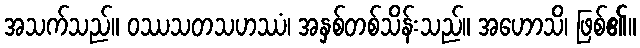
အသက်သည်။ ဝဿသတသဟဿံ၊ အနှစ်တစ်သိန်းသည်။ အဟောသိ၊ ဖြစ်၏။